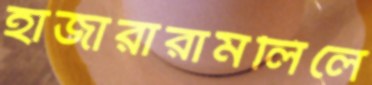
হাজারারামলিলে